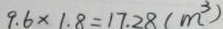
9 . 6 \times 1 . 8 = 1 7 . 2 8 ( m ^ { 3 } )